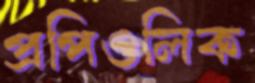
প্রপিওলিক